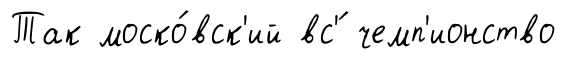
Так моско́вск'ий вс'́ чемп'ионство